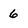
Character: 6